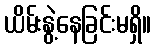
ယိမ်းနွဲ့နေခြင်းမရှိ။